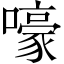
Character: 嚎